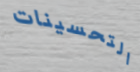
التحسينات